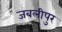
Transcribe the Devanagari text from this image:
जबलीपुर